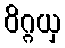
ဝိဂ္ဂယှ